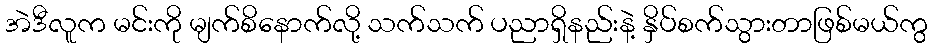
အဲဒီလူက မင်းကို မျက်စိနောက်လို့ သက်သက် ပညာရှိနည်းနဲ့ နှိပ်စက်သွားတာဖြစ်မယ်ကွ